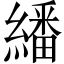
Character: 繙